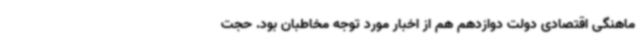
ماهنگی اقتصادی دولت دوازدهم هم از اخبار مورد توجه مخاطبان بود. حجت